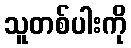
သူတစ်ပါးကို